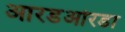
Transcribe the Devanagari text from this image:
आरडओरडा